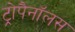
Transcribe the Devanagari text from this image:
ट्रोपैनॉलस